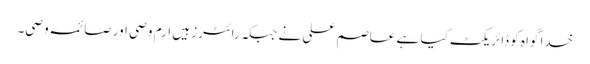
خدا گواہ کو ڈائریکٹ کیا ہے عاصم علی نے جبکہ رائٹرز ہیں ارم وصی اور صائمہ وصی۔